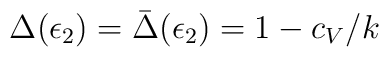
\Delta(\epsilon_2)=\bar\Delta(\epsilon_2)=1-c_V/k